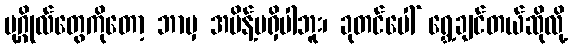
ပုဂ္ဂိုလ်တွေကိုတော့ ဘာမှ အမိန့်မရှိပါဘူး၊ ခုတင်ပေါ် ရွှေ့ချင်တယ်ဆိုလို့